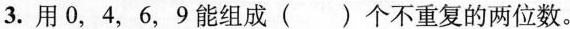
3. 用0，4，6，9能组成 ( ) 个不重复的两位数。